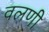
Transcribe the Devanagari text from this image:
वलणी